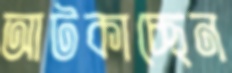
আটকাচ্ছেন